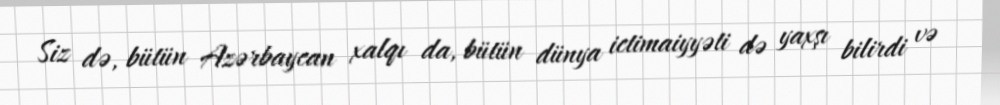
Siz də, bütün Azərbaycan xalqı da, bütün dünya ictimaiyyəti də yaxşı bilirdi və